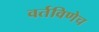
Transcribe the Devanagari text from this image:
वर्तविणेच